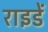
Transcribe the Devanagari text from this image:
राइडें